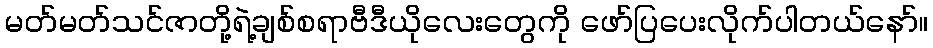
မတ်မတ်သင်ဇာတို့ရဲ့ချစ်စရာဗီဒီယိုလေးတွေကို ဖော်ပြပေးလိုက်ပါတယ်နော်။